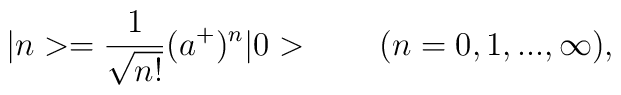
|n>={1\over\sqrt{n!}}(a^+)^n|0>\hskip24pt (n=0,1,...,\infty),